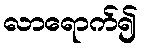
လာရောက်၍